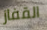
القفاز